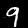
Digit: 9